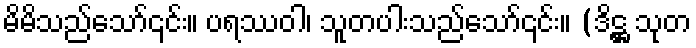
မိမိသည်သော်၎င်း။ ပရဿဝါ၊ သူတပါးသည်သော်၎င်း။ (ဒိဋ္ဌ သုတ